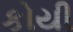
કોયી